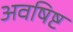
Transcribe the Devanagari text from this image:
अवषिष्ट